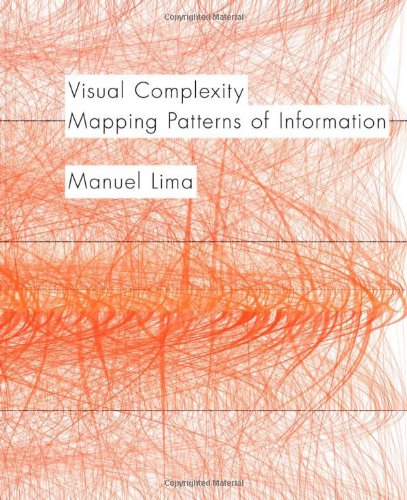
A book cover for Visual Complexity: Mapping Patterns of Information; Manuel Lima; Computers & Technology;